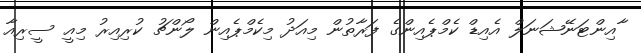
ާއިންޓަނޭޝަނަލްް އެއިޑް ކެމްޕެއިންގެ ފަރާތުން މިއަދު މިކެމްޕެއިން ލޯންޗު ކުރިއިރު މިއީ ސީރިއާ